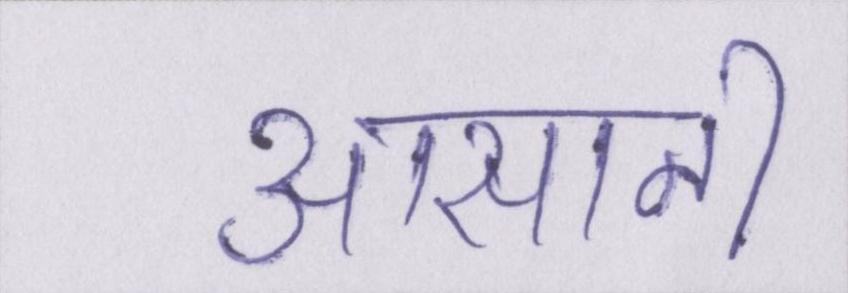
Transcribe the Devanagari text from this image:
आसानी